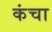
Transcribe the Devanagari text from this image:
कंचा